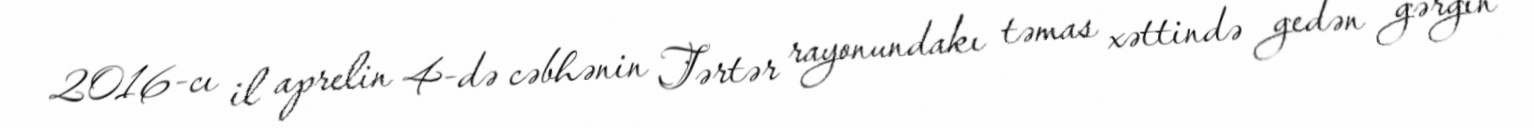
2016-cı il aprelin 4-də cəbhənin Tərtər rayonundakı təmas xəttində gedən gərgin